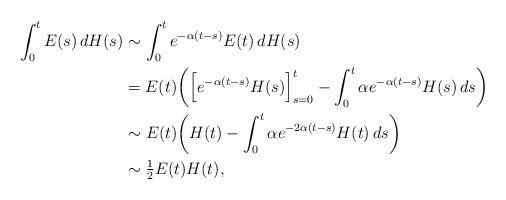
LaTeX: \begin{align*}\int_0^t E(s)\,dH(s)&\sim \int_0^t e^{-\alpha(t-s)}E(t)\,dH(s)\\&=E(t)\bigg(\Big[e^{-\alpha(t-s)}H(s)\Big]_{s=0}^t-\int_0^t \alpha e^{-\alpha(t-s)}H(s)\,ds\bigg)\\&\sim E(t)\bigg(H(t)-\int_0^t \alpha e^{-2\alpha(t-s)}H(t)\,ds\bigg)\\&\sim\tfrac{1}{2} E(t)H(t),\end{align*}